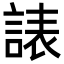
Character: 諘